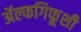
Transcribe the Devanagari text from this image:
ॲल्फगिफूशी